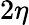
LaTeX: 2\eta